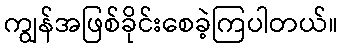
ကျွန်အဖြစ်ခိုင်းစေခဲ့ကြပါတယ်။